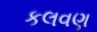
કલવણ